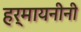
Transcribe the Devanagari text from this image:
हर्मायनीनी